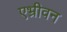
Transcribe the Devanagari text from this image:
एभ्रीवन